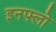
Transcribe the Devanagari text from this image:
इनफ्लो